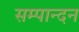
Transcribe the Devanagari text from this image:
सम्पान्दन